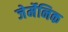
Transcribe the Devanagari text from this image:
जेर्मेनिक